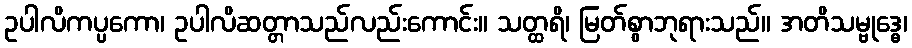
ဥပါလိကပ္ပကော၊ ဥပါလိဆတ္တာသည်လည်းကောင်း။ သတ္ထရိ၊ မြတ်စွာဘုရားသည်။ အတိသမ္ဗုဒ္ဓေ၊